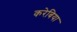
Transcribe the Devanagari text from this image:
करेबिया